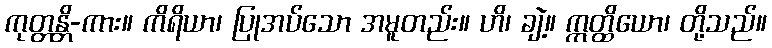
ကုတ္တန္တိ-ကား။ ကိရိယာ၊ ပြုအပ်သော အမူတည်း။ ဟိ၊ ချဲ့။ ဣတ္ထိယော၊ တို့သည်။